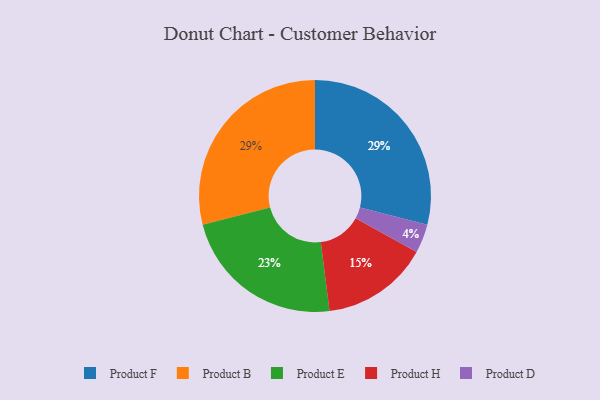
{"axis": {"x": "Category", "y": "Percentage"}, "legend": ["Product B", "Product D", "Product E", "Product F", "Product H"], "data": [{"x": "Product H", "y": 15, "type": "Product H"}, {"x": "Product F", "y": 29, "type": "Product F"}, {"x": "Product E", "y": 23, "type": "Product E"}, {"x": "Product D", "y": 4, "type": "Product D"}, {"x": "Product B", "y": 29, "type": "Product B"}]}